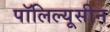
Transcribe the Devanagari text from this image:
पॉलिल्यूसीन